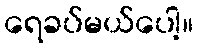
ရေခပ်မယ်ပေါ့။